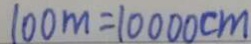
1 0 0 m = 1 0 0 0 0 c m